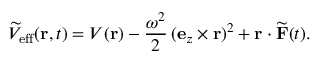
\widetilde { V } _ { \mathrm { e f f } } ( \mathbf { r } , t ) = V ( \mathbf { r } ) - \frac { \omega ^ { 2 } } { 2 } \, ( \mathbf { e } _ { z } \times \mathbf { r } ) ^ { 2 } + \mathbf { r } \cdot \widetilde { \mathbf { F } } ( t ) .